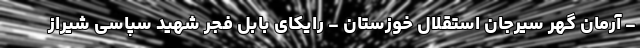
- آرمان گهر سیرجان استقلال خوزستان - رایکای بابل فجر شهید سپاسی شیراز